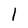
Character: l